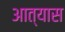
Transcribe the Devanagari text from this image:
आत्यास